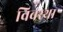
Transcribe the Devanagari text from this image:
विवस्था